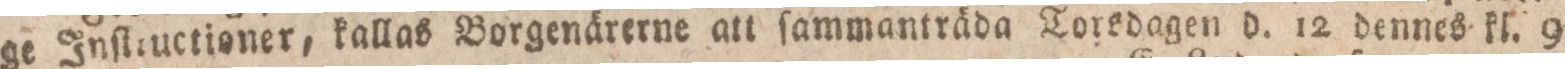
ge Inſtiuctioner, kallas Borgenärerne att ſammanträda Torsdagen d. 12 dennes kl. 9